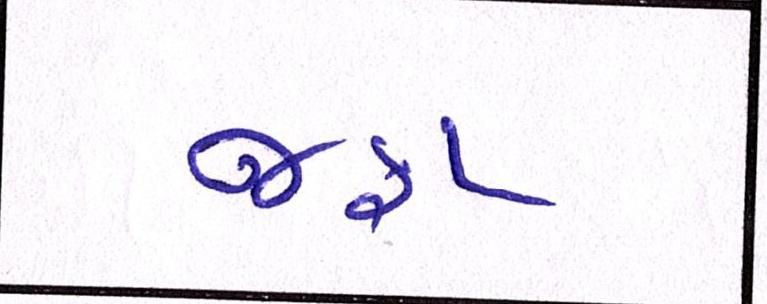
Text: જફા